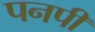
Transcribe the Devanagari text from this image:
पनपीं